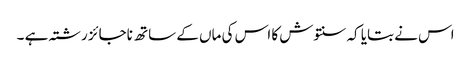
اس نے بتایا کہ سنتوش کا اس کی ماں کے ساتھ ناجائز رشتہ ہے ۔